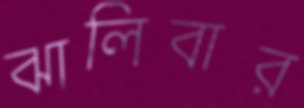
ঝালিবার